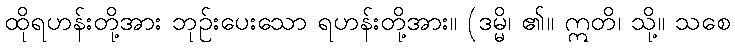
ထိုရဟန်းတို့အား ဘုဉ်းပေးသော ရဟန်းတို့အား။ (ဒမ္မိ၊ ၏။ ဣတိ၊ သို့။ သစေ